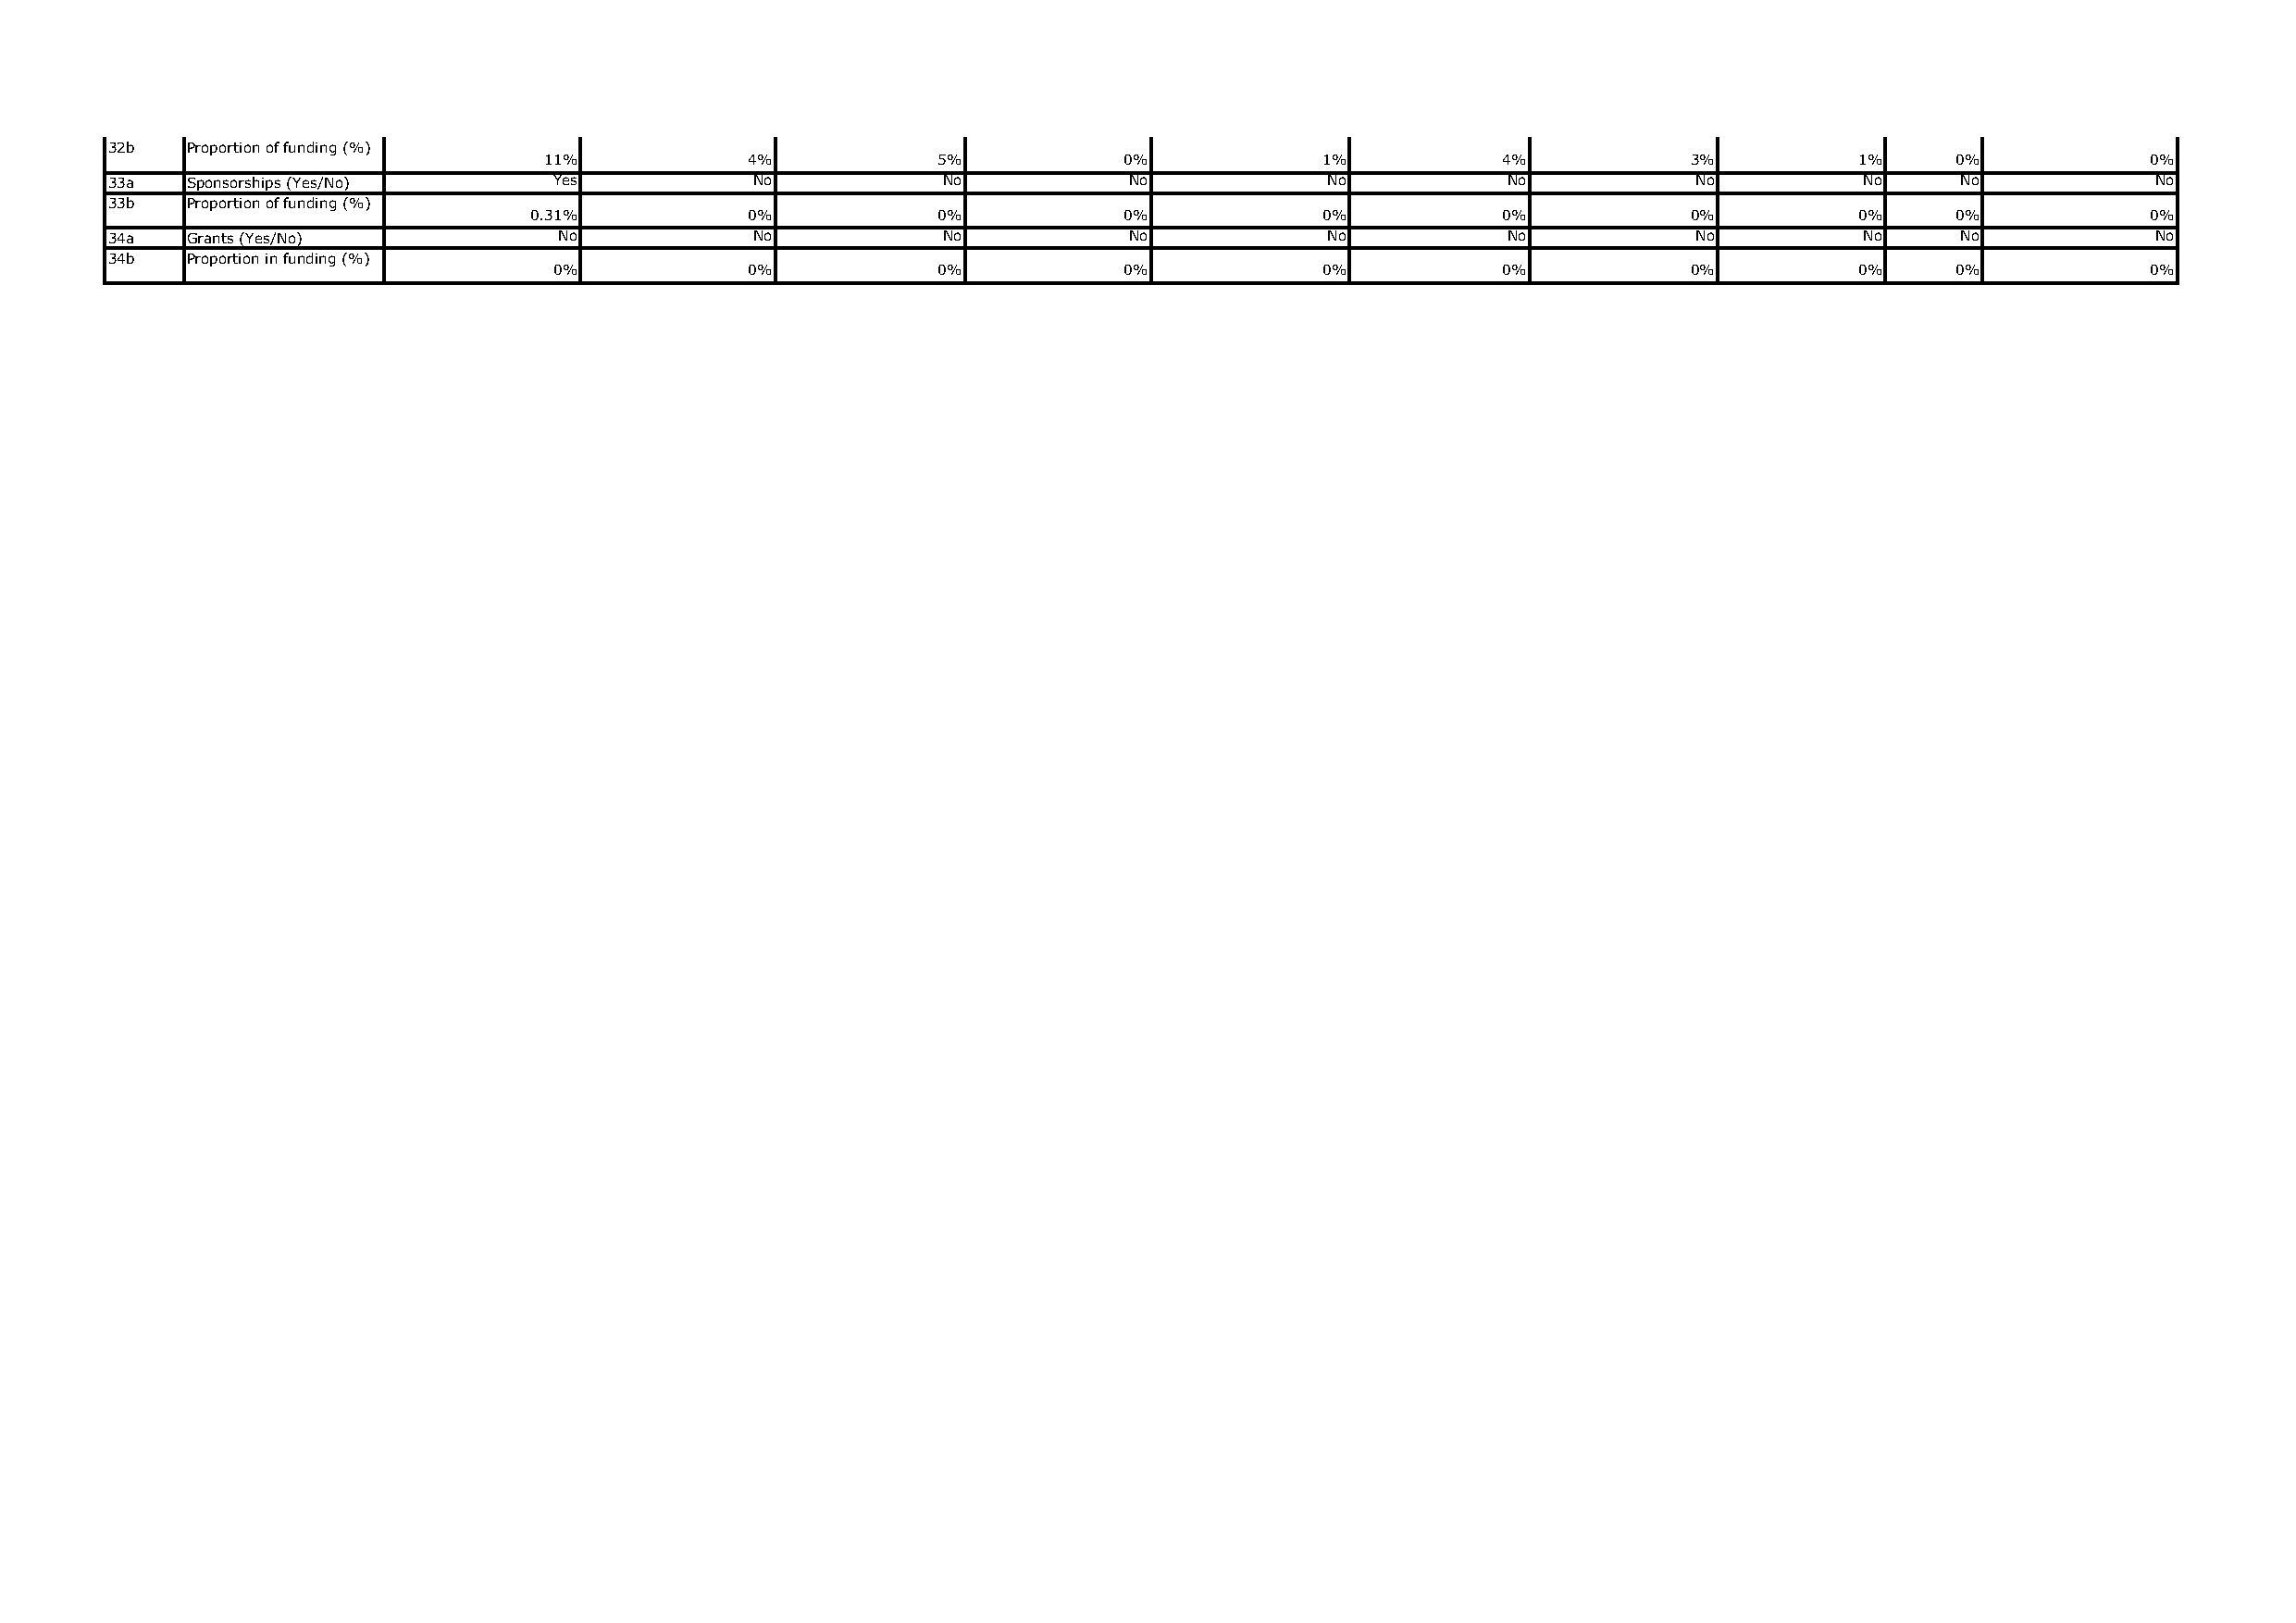
32b   Proportion of funding (%)
 11%           4%            5%           0%            1%           4%            3%          1%    0%            0%
 33a   Sponsorships (Yes/No)     Yes            No           No           No             No          No            No          No     No            No
 33b   Proportion of funding (%)
 0.31%          0%            0%           0%            0%           0%            0%          0%    0%            0%
 34a   Grants (Yes/No)            No            No           No           No             No          No            No          No     No            No
 34b   Proportion in funding (%)
 0%            0%            0%           0%            0%           0%            0%          0%    0%            0%